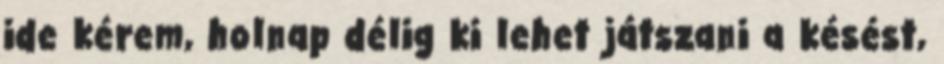
ide kérem, holnap délig ki lehet játszani a késést,